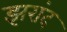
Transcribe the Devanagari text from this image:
झरांद